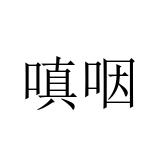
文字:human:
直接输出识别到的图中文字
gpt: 嗔咽